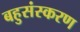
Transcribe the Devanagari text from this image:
बहुसंस्करण